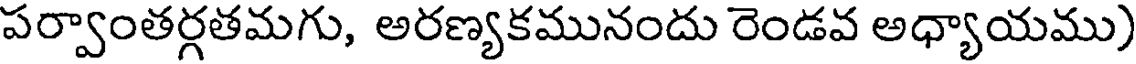
పర్వాంతర్గతమగు, అరణ్యకమునందు రెండవ అధ్యాయము)